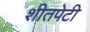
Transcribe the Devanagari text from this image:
शीतपेटी